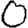
Digit: 0